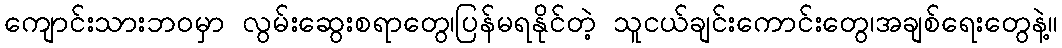
ကျောင်းသားဘဝမှာ လွမ်းဆွေးစရာတွေ၊ပြန်မရနိုင်တဲ့ သူငယ်ချင်းကောင်းတွေ၊အချစ်ရေးတွေနဲ့။